Annual report of the Central Committee of the Association together with the report of the directors of the Pasteur Institute at Kasauli
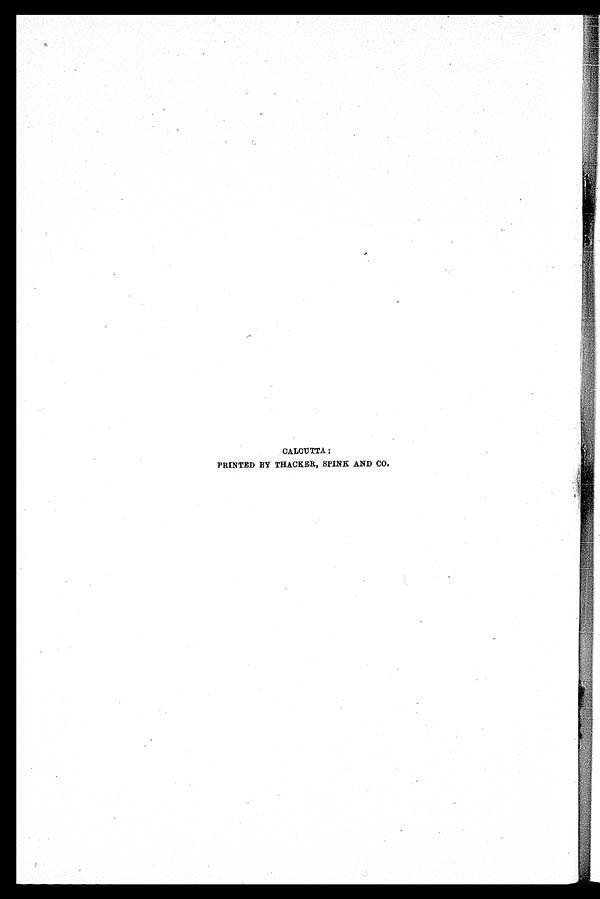
CALCUTTA:
PRINTED BY THACKER, SPINK AND CO.